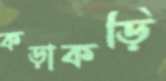
কড়াকড়ি